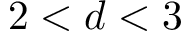
2 < d < 3